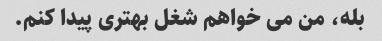
بله، من می خواهم شغل بهتری پیدا کنم.